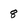
Character: 8